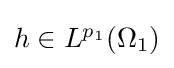
{\textstyle h\in L^{p_{1}}(\Omega _{1})}